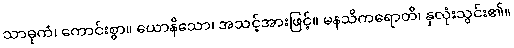
သာဓုကံ၊ ကောင်းစွာ။ ယောနိသော၊ အသင့်အားဖြင့်။ မနသိကရောတိ၊ နှလုံးသွင်း၏။